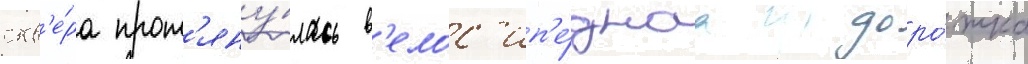
скв'е́ра прот'яну́лась в'елос'ип'е́днаа доро́жка